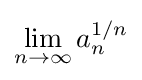
\lim _{n\to \infty }a_{n}^{1/n}